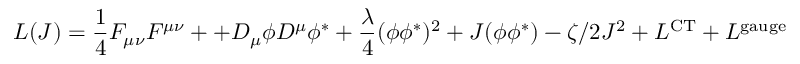
{ \cal L } ( J ) = \frac { 1 } { 4 } F _ { \mu \nu } F ^ { \mu \nu } + + { \cal D } _ { \mu } \phi { \cal D } ^ { \mu } \phi ^ { * } + \frac { \lambda } { 4 } ( \phi \phi ^ { * } ) ^ { 2 } + J ( \phi \phi ^ { * } ) - \zeta / 2 J ^ { 2 } + { \cal L } ^ { \mathrm { C T } } + { \cal L } ^ { \mathrm { g a u g e } }